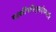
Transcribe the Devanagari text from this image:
यत्क्रौंचमिथुनादेकमवधि